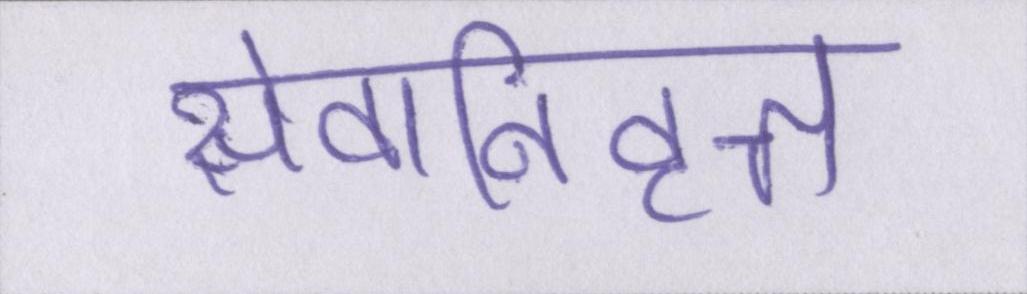
सेवानिवृत्त